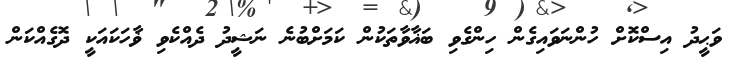
ވަޙީދު އިސްކޮށް ހުންނަވައިގެން ހިންގެވި ބަޣާވާތަކުން ކަމަށްބުނެ ނަޝީދު ދެއްކެވި ޥާހަކައަކީ ދޮގެއްކަން